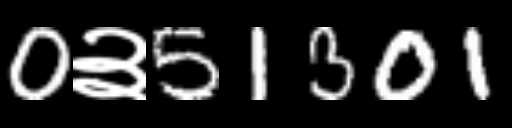
Text: 0३51301